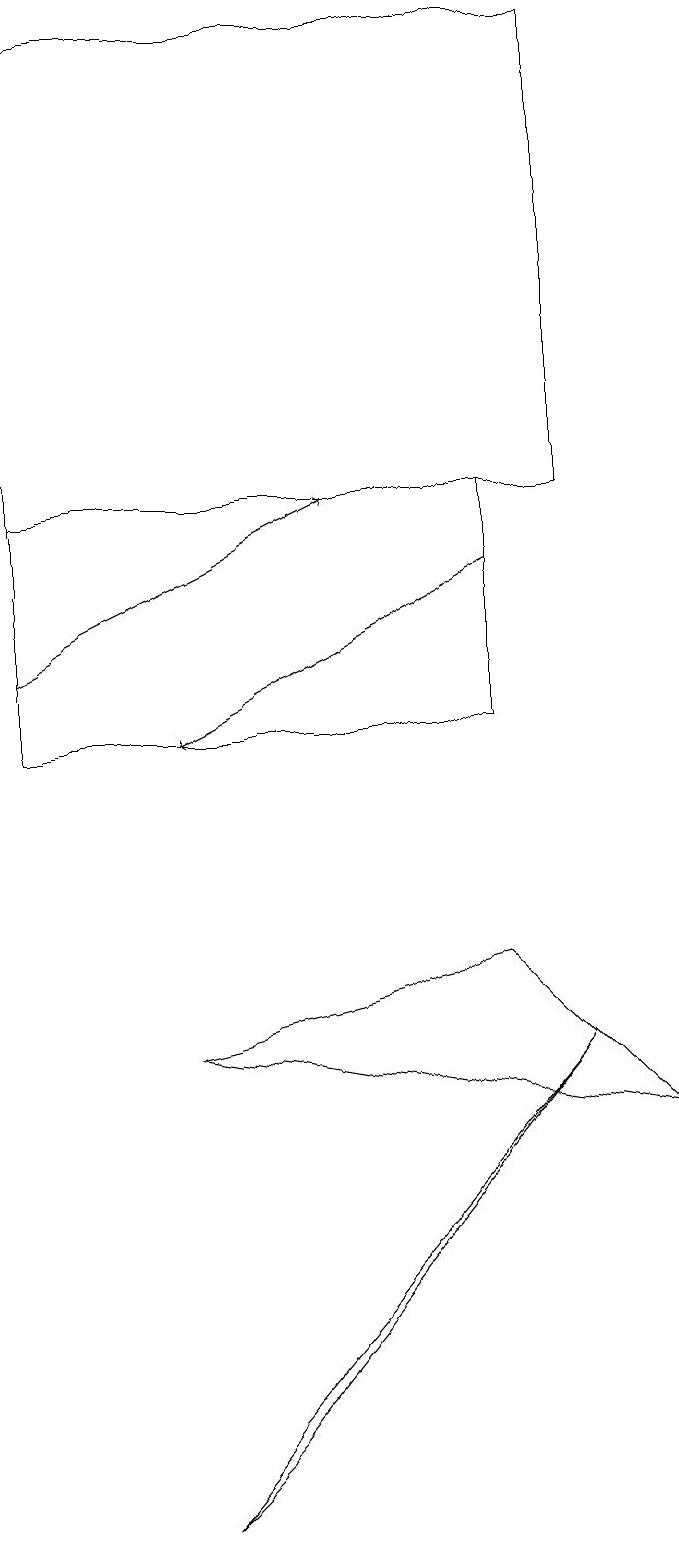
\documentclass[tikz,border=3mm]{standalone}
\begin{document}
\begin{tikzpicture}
\draw (8,5) -- (6,7) -- (2,6) -- cycle;
\draw[->] (6,12) -- (2,10);
\draw[->] (0,11) -- (4,13);
\draw (0,13) rectangle (6,10);
\draw (3,1) -- (7,6) -- (2,0) -- cycle;
\draw (7,13) rectangle (0,19);
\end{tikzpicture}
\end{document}